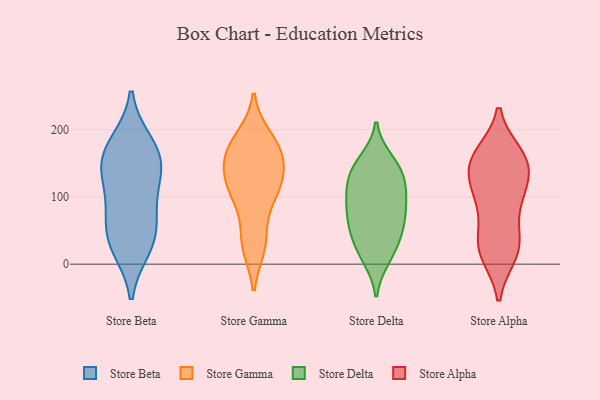
{"axis": {"x": "Operating Costs (USD K)", "y": "Value"}, "legend": ["Store Alpha", "Store Beta", "Store Delta", "Store Gamma"], "data": [{"x": "", "y": 77, "type": "Store Beta"}, {"x": "", "y": 143, "type": "Store Beta"}, {"x": "", "y": 172, "type": "Store Beta"}, {"x": "", "y": 35, "type": "Store Beta"}, {"x": "", "y": 42, "type": "Store Beta"}, {"x": "", "y": 138, "type": "Store Beta"}, {"x": "", "y": 26, "type": "Store Beta"}, {"x": "", "y": 148, "type": "Store Beta"}, {"x": "", "y": 93, "type": "Store Beta"}, {"x": "", "y": 179, "type": "Store Beta"}, {"x": "", "y": 187, "type": "Store Gamma"}, {"x": "", "y": 164, "type": "Store Gamma"}, {"x": "", "y": 112, "type": "Store Gamma"}, {"x": "", "y": 118, "type": "Store Gamma"}, {"x": "", "y": 97, "type": "Store Gamma"}, {"x": "", "y": 131, "type": "Store Gamma"}, {"x": "", "y": 28, "type": "Store Gamma"}, {"x": "", "y": 35, "type": "Store Gamma"}, {"x": "", "y": 170, "type": "Store Gamma"}, {"x": "", "y": 161, "type": "Store Gamma"}, {"x": "", "y": 153, "type": "Store Delta"}, {"x": "", "y": 140, "type": "Store Delta"}, {"x": "", "y": 139, "type": "Store Delta"}, {"x": "", "y": 31, "type": "Store Delta"}, {"x": "", "y": 100, "type": "Store Delta"}, {"x": "", "y": 115, "type": "Store Delta"}, {"x": "", "y": 96, "type": "Store Delta"}, {"x": "", "y": 48, "type": "Store Delta"}, {"x": "", "y": 10, "type": "Store Delta"}, {"x": "", "y": 64, "type": "Store Delta"}, {"x": "", "y": 16, "type": "Store Delta"}, {"x": "", "y": 138, "type": "Store Delta"}, {"x": "", "y": 65, "type": "Store Delta"}, {"x": "", "y": 66, "type": "Store Delta"}, {"x": "", "y": 99, "type": "Store Delta"}, {"x": "", "y": 38, "type": "Store Alpha"}, {"x": "", "y": 154, "type": "Store Alpha"}, {"x": "", "y": 29, "type": "Store Alpha"}, {"x": "", "y": 16, "type": "Store Alpha"}, {"x": "", "y": 154, "type": "Store Alpha"}, {"x": "", "y": 93, "type": "Store Alpha"}, {"x": "", "y": 140, "type": "Store Alpha"}, {"x": "", "y": 16, "type": "Store Alpha"}, {"x": "", "y": 162, "type": "Store Alpha"}, {"x": "", "y": 30, "type": "Store Alpha"}, {"x": "", "y": 157, "type": "Store Alpha"}, {"x": "", "y": 97, "type": "Store Alpha"}, {"x": "", "y": 105, "type": "Store Alpha"}, {"x": "", "y": 150, "type": "Store Alpha"}, {"x": "", "y": 113, "type": "Store Alpha"}]}